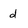
Character: d